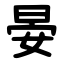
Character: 晏